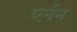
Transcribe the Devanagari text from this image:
एर्नन